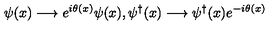
\psi ( x ) \longrightarrow e ^ { i \theta ( x ) } \psi ( x ) , \psi ^ { \dag } ( x ) \longrightarrow \psi ^ { \dag } ( x ) e ^ { - i \theta ( x ) }